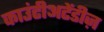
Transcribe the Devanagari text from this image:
काउंटीअटेंडीज़